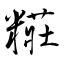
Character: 糚